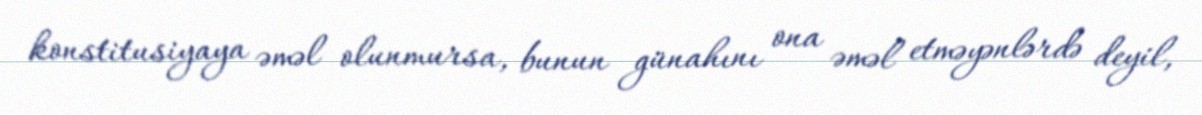
konstitusiyaya əməl olunmursa, bunun günahını ona əməl etməyənlərdə deyil,